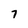
Character: 7